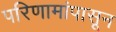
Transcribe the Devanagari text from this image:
परिणामांपासून